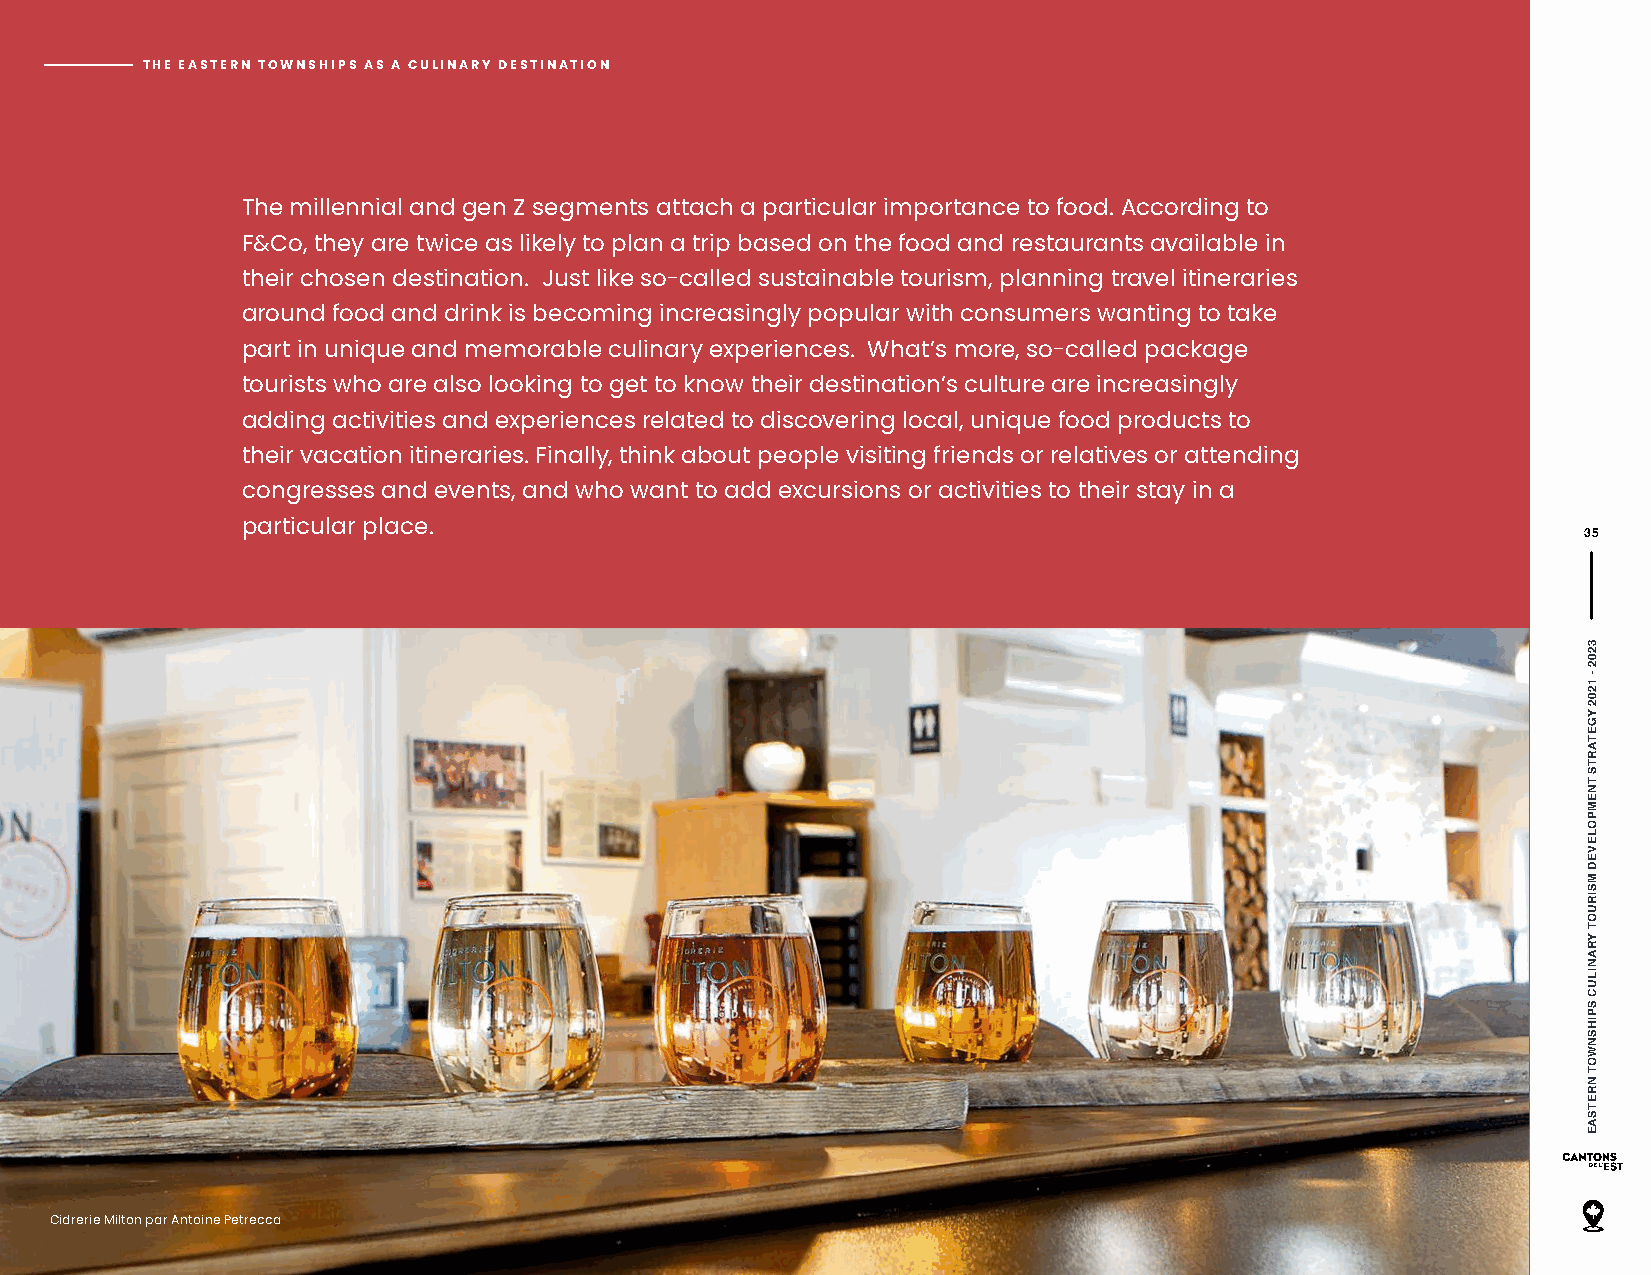
TTHHEE EEAASSTTEERRNN TTOOWWNNSSHHIIPPSS AASS AA CCUULLIINNAARRYY DDEESSTTIINNAATTIIOONN
 The millennial and gen Z segments attach a particular importance to food. According to
 F&Co, they are twice as likely to plan a trip based on the food and restaurants available in
 their chosen destination. Just like so-called sustainable tourism, planning travel itineraries
 around food and drink is becoming increasingly popular with consumers wanting to take
 part in unique and memorable culinary experiences. What’s more, so-called package
 tourists who are also looking to get to know their destination’s culture are increasingly
 adding activities and experiences related to discovering local, unique food products to
 their vacation itineraries. Finally, think about people visiting friends or relatives or attending
 congresses and events, and who want to add excursions or activities to their stay in a
 particular place.
 35
 Cidrerie Milton par Antoine Petrecca
 3202
 -
 1202
 YGETARTS
 TNEMPOLEVED
 MSIRUOT
 YRANILUC
 SPIHSNWOT
 NRETSAE